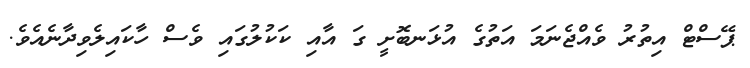
ޕޭސްޓް އިތުރު ވެއްޖެނަމަ އަތުގެ އުޅަނބޮށީ ގަ އާއި ކަކުލުގައި ވެސް ހާކައިލެވިދާނެއެވެ.